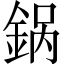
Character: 𬫚